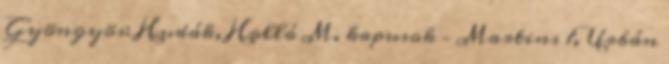
Gyöngyös: Hudák, Holló M. kapusok – Martins 1, Urbán